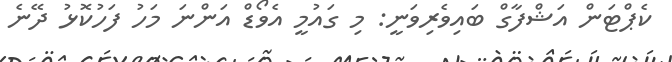
ކެޕްޓަން އަޝްފާގް ބައިވެރިވަނީ: މި ގައުމީ އެވޯޑް އަންނަ މަހު ފަހުކޮޅު ދޭނެ